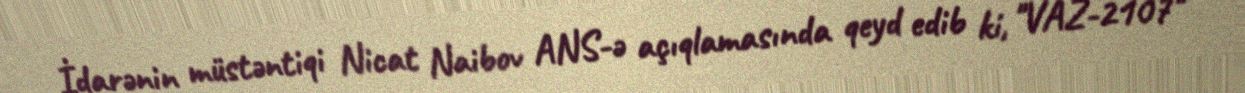
İdarənin müstəntiqi Nicat Naibov ANS-ə açıqlamasında qeyd edib ki, "VAZ-2107"